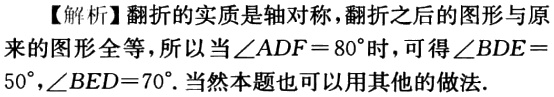
【解析】翻折的实质是轴对称，翻折之后的图形与原来的图形全等，所以当$\angle ADF = 80^{\circ}$时，可得$\angle BDE = 50^{\circ},\angle BED = 70^{\circ}$. 当然本题也可以用其他的做法.